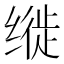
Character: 𫄳